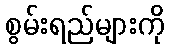
စွမ်းရည်များကို